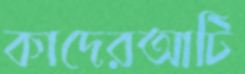
কাদেরআটি